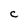
Character: c